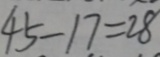
4 5 - 1 7 = 2 8